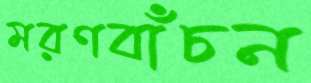
মরণবাঁচন